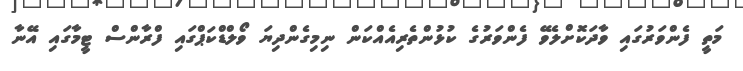
މަތީ ފެންވަރުގައި ވާދަކޮށްލެވޭ ފެންވަރުގެ ކުޅުންތެރިއެއްކަން ނިމިގެންދިޔަ ވޯލްޑްކަޕްގައި ފްރާންސް ޓީމާގައި އޭނާ